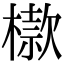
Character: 㯘